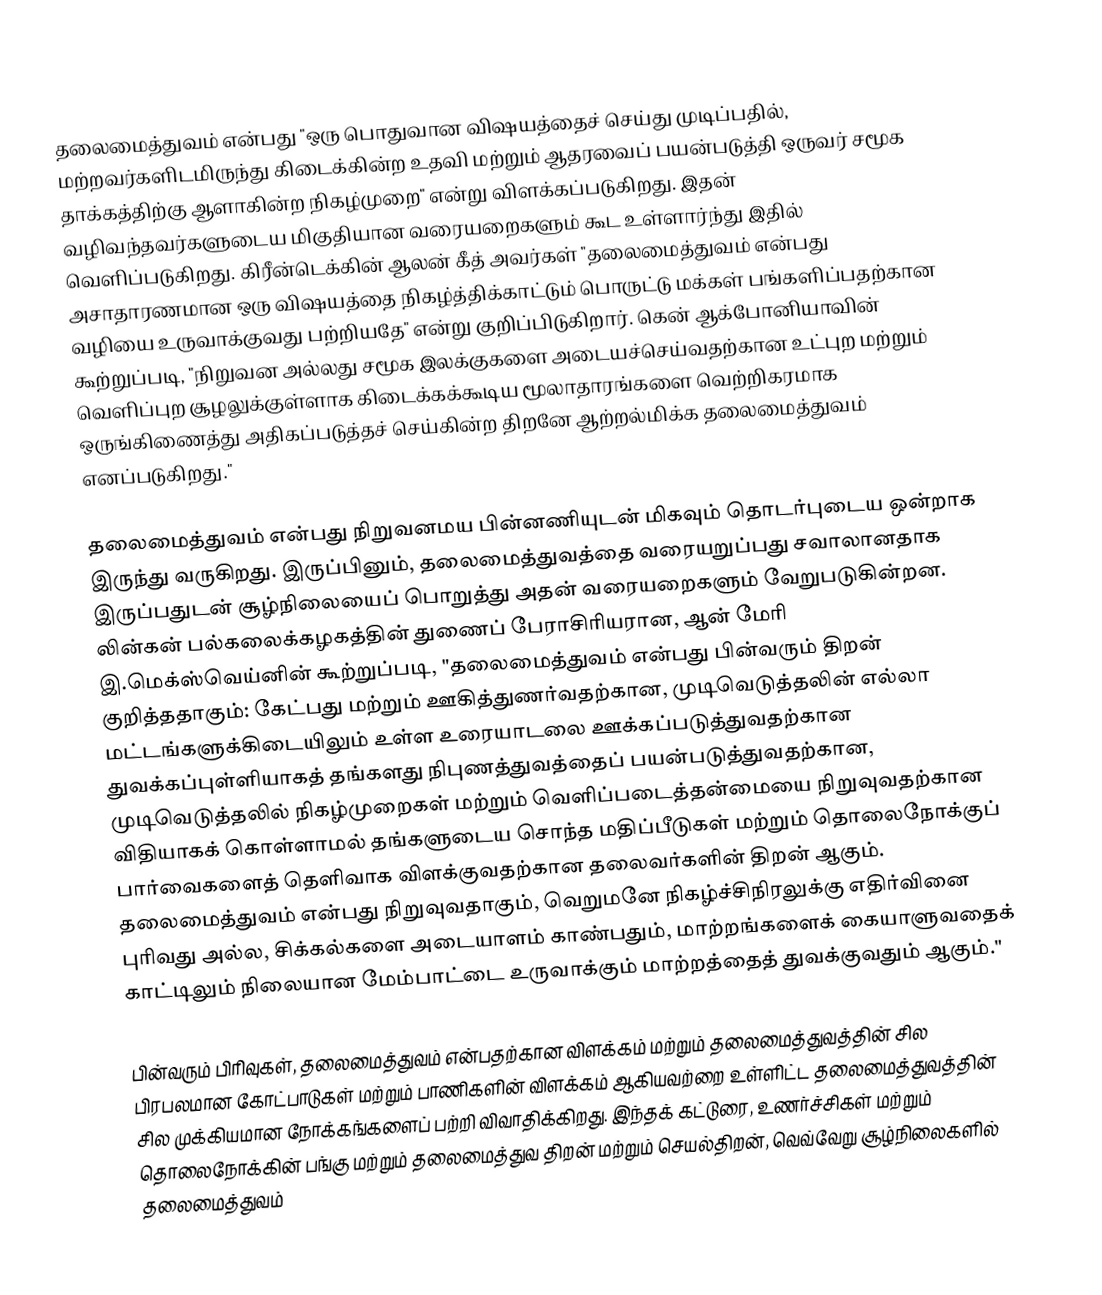
தலைமைத்துவம் என்பது "ஒரு பொதுவான விஷயத்தைச் செய்து முடிப்பதில், மற்றவர்களிடமிருந்து கிடைக்கின்ற உதவி மற்றும் ஆதரவைப் பயன்படுத்தி ஒருவர் சமூக தாக்கத்திற்கு ஆளாகின்ற நிகழ்முறை" என்று விளக்கப்படுகிறது. இதன் வழிவந்தவர்களுடைய மிகுதியான வரையறைகளும் கூட உள்ளார்ந்து இதில் வெளிப்படுகிறது. கிரீன்டெக்கின் ஆலன் கீத் அவர்கள் "தலைமைத்துவம் என்பது அசாதாரணமான ஒரு விஷயத்தை நிகழ்த்திக்காட்டும் பொருட்டு மக்கள் பங்களிப்பதற்கான வழியை உருவாக்குவது பற்றியதே" என்று குறிப்பிடுகிறார். கென் ஆக்போனியாவின் கூற்றுப்படி, "நிறுவன அல்லது சமூக இலக்குகளை அடையச்செய்வதற்கான உட்புற மற்றும் வெளிப்புற சூழலுக்குள்ளாக கிடைக்கக்கூடிய மூலாதாரங்களை வெற்றிகரமாக ஒருங்கிணைத்து அதிகப்படுத்தச் செய்கின்ற திறனே ஆற்றல்மிக்க தலைமைத்துவம் எனப்படுகிறது."

தலைமைத்துவம் என்பது நிறுவனமய பின்னணியுடன் மிகவும் தொடர்புடைய ஒன்றாக இருந்து வருகிறது. இருப்பினும், தலைமைத்துவத்தை வரையறுப்பது சவாலானதாக இருப்பதுடன் சூழ்நிலையைப் பொறுத்து அதன் வரையறைகளும் வேறுபடுகின்றன. லின்கன் பல்கலைக்கழகத்தின் துணைப் பேராசிரியரான, ஆன் மேரி இ.மெக்ஸ்வெய்னின் கூற்றுப்படி, "தலைமைத்துவம் என்பது பின்வரும் திறன் குறித்ததாகும்: கேட்பது மற்றும் ஊகித்துணர்வதற்கான, முடிவெடுத்தலின் எல்லா மட்டங்களுக்கிடையிலும் உள்ள உரையாடலை ஊக்கப்படுத்துவதற்கான துவக்கப்புள்ளியாகத் தங்களது நிபுணத்துவத்தைப் பயன்படுத்துவதற்கான, முடிவெடுத்தலில் நிகழ்முறைகள் மற்றும் வெளிப்படைத்தன்மையை நிறுவுவதற்கான விதியாகக் கொள்ளாமல் தங்களுடைய சொந்த மதிப்பீடுகள் மற்றும் தொலைநோக்குப் பார்வைகளைத் தெளிவாக விளக்குவதற்கான தலைவர்களின் திறன் ஆகும். தலைமைத்துவம் என்பது நிறுவுவதாகும், வெறுமனே நிகழ்ச்சிநிரலுக்கு எதிர்வினை புரிவது அல்ல, சிக்கல்களை அடையாளம் காண்பதும், மாற்றங்களைக் கையாளுவதைக் காட்டிலும் நிலையான மேம்பாட்டை உருவாக்கும் மாற்றத்தைத் துவக்குவதும் ஆகும்."

பின்வரும் பிரிவுகள், தலைமைத்துவம் என்பதற்கான விளக்கம் மற்றும் தலைமைத்துவத்தின் சில பிரபலமான கோட்பாடுகள் மற்றும் பாணிகளின் விளக்கம் ஆகியவற்றை உள்ளிட்ட தலைமைத்துவத்தின் சில முக்கியமான நோக்கங்களைப் பற்றி விவாதிக்கிறது. இந்தக் கட்டுரை, உணர்ச்சிகள் மற்றும் தொலைநோக்கின் பங்கு மற்றும் தலைமைத்துவ திறன் மற்றும் செயல்திறன், வெவ்வேறு சூழ்நிலைகளில் தலைமைத்துவம்